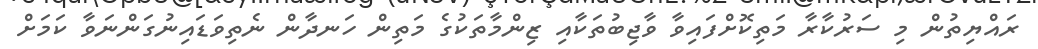
ރައްޔިތުން މި ސަރުކާރާ މަތިކޮށްފައިވާ ވާޖިބުތަކާއި ޒިންމާތަކުގެ މަތިން ހަނދާން ނެތިވަޑައިނުގަންނަވާ ކަމަށް